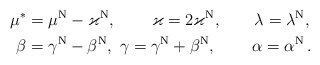
\begin{align*}\mu^*&=\mu^{\rm N}-\varkappa^{\rm N},\qquad\, \varkappa=2\varkappa^{\rm N},\qquad\lambda=\lambda^{\rm N}, \\\beta &=\gamma^{\rm N}-\beta^{\rm N}, \ \gamma =\gamma^{\rm N}+\beta^{\rm N}, \,\qquad\alpha =\alpha ^{\rm N}\,.\end{align*}